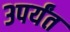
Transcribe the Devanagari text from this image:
३पर्यंत